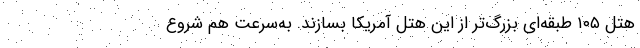
هتل ۱۰۵ طبقه‌ای بزرگ‌تر از این هتل آمریکا بسازند. به‌سرعت هم شروع